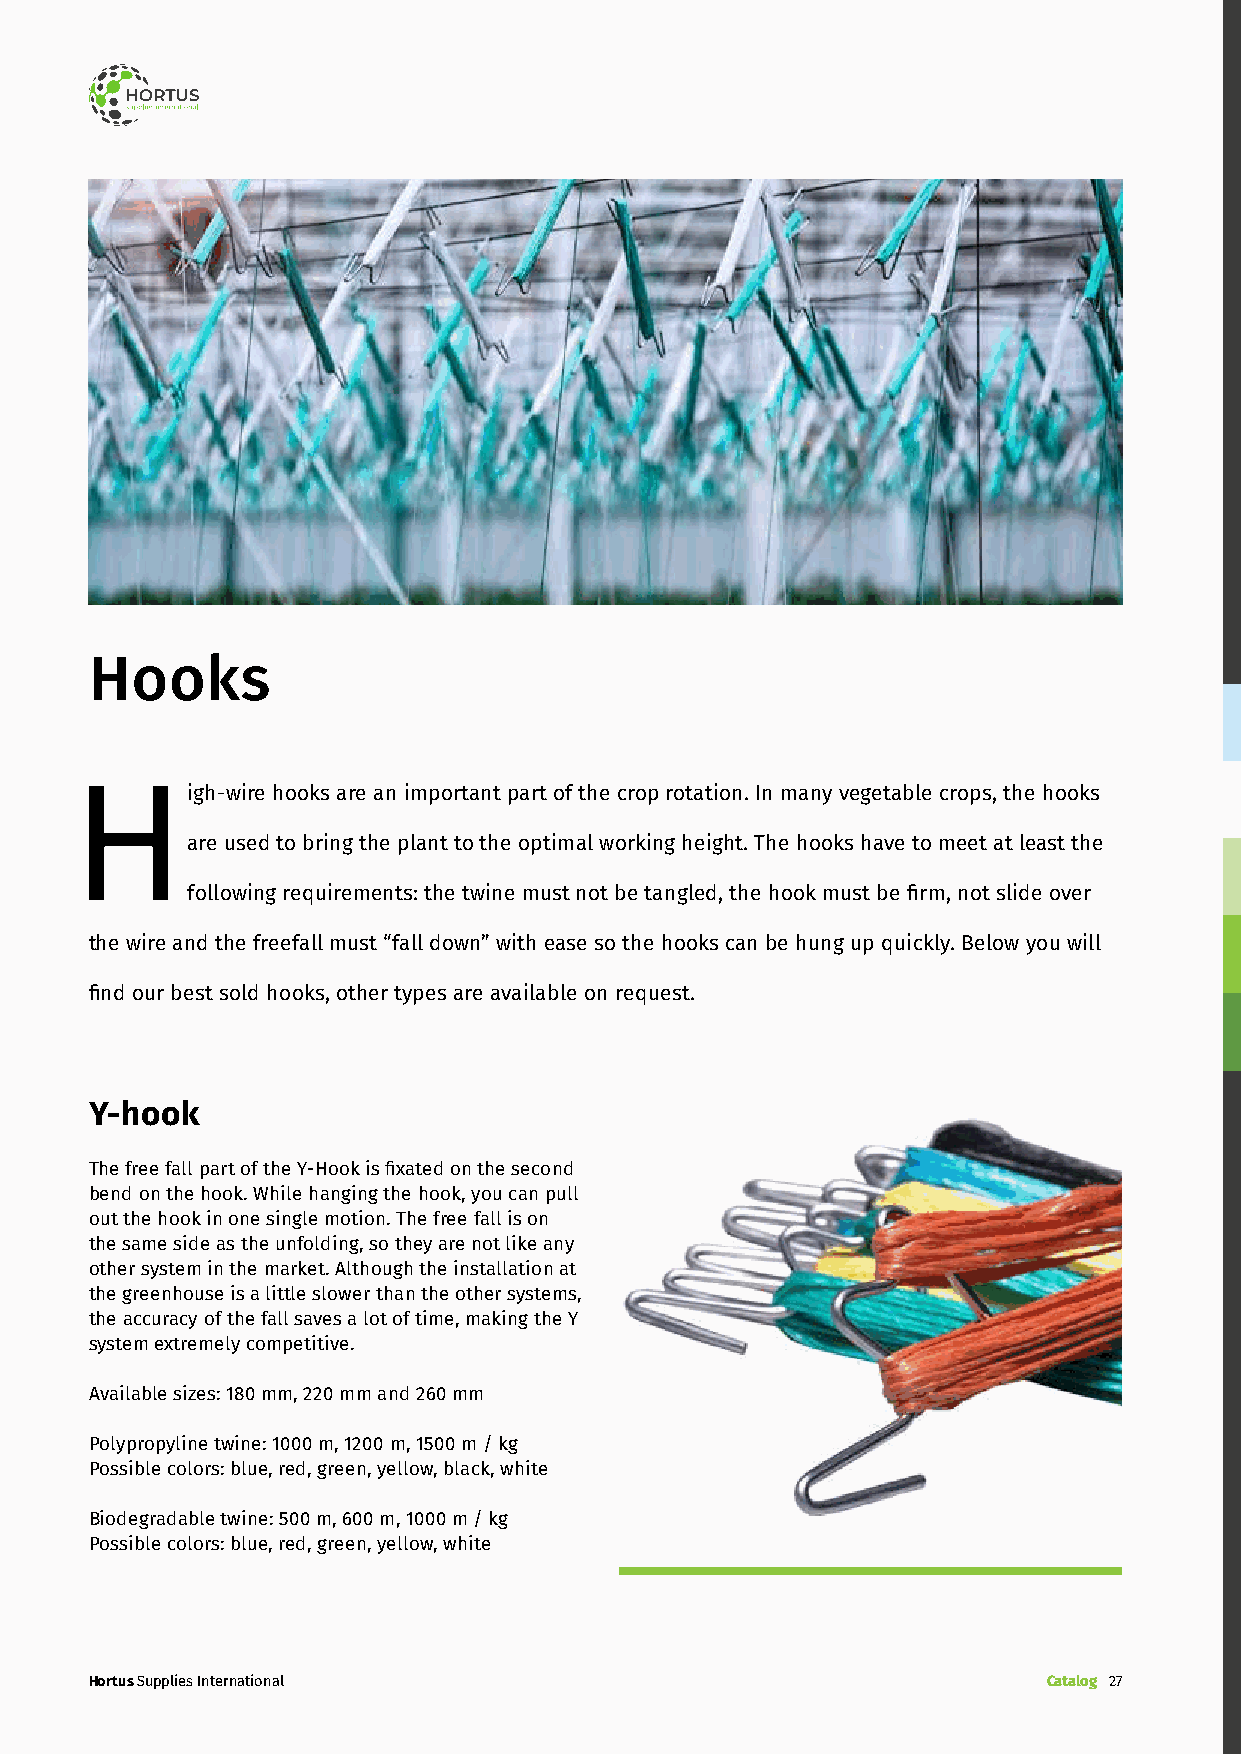
Hooks
 High-wire    hooks are an important part of the crop rotation. In many vegetable crops, the hooks
 are used to bring the plant to the optimal working height. The hooks have to meet at least the
 following requirements: the twine must not be tangled, the hook must be firm, not slide over
 the wire and the freefall must “fall down” with ease so the hooks can be hung up quickly. Below you will
 find our best sold hooks, other types are available on request.
 Y-hook
 The free fall part of the Y-Hook is fixated on the second
 bend on the hook. While hanging the hook, you can pull
 out the hook in one single motion. The free fall is on
 the same side as the unfolding, so they are not like any
 other system in the market. Although the installation at
 the greenhouse is a little slower than the other systems,
 the accuracy of the fall saves a lot of time, making the Y
 system extremely competitive.
 Available sizes: 180 mm, 220 mm and 260 mm
 Polypropyline twine: 1000 m, 1200 m, 1500 m / kg
 Possible colors: blue, red, green, yellow, black, white
 Biodegradable twine: 500 m, 600 m, 1000 m / kg
 Possible colors: blue, red, green, yellow, white
 Hortus Supplies International                                  Catalog 27